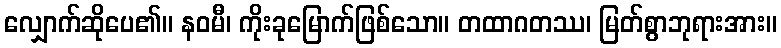
လျှောက်ဆိုပေ၏။ နဝမီ၊ ကိုးခုမြောက်ဖြစ်သော။ တထာဂတဿ၊ မြတ်စွာဘုရားအား။